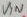
Text: VIN